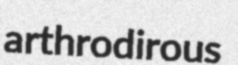
arthrodirous